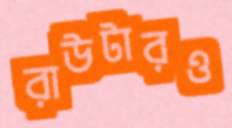
রাউটারও